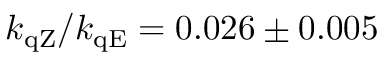
k _ { \mathrm { q Z } } / k _ { \mathrm { q E } } = 0 . 0 2 6 \pm 0 . 0 0 5